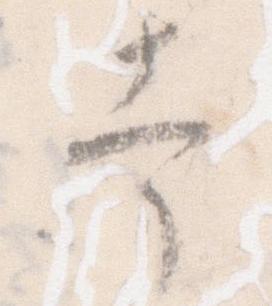
幸